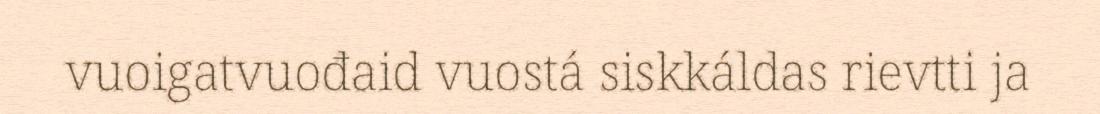
vuoigatvuođaid vuostá siskkáldas rievtti ja